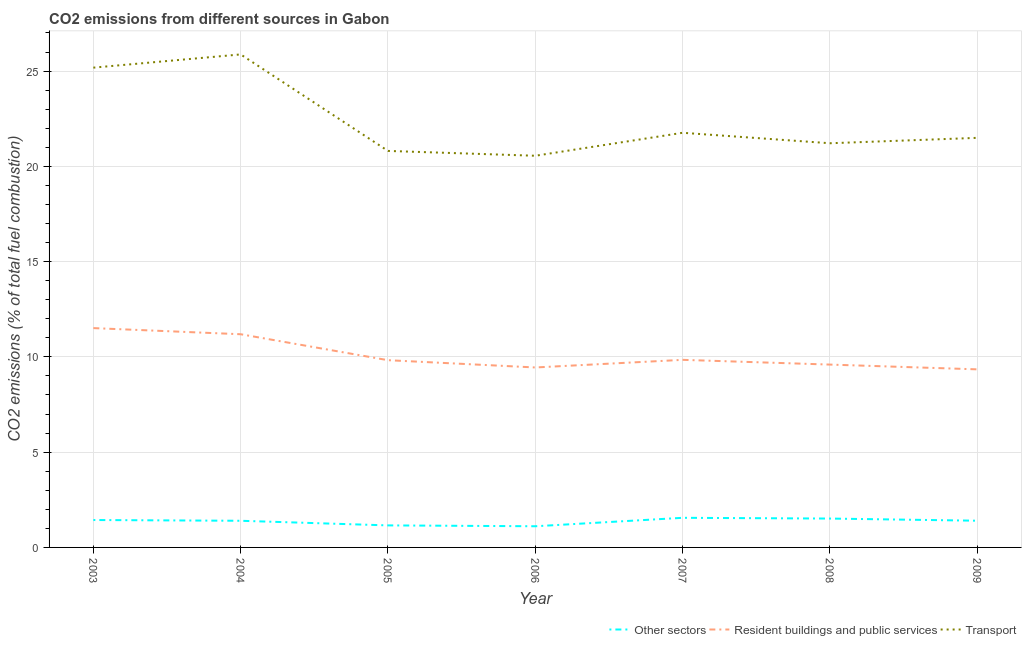
| Year | Other sectors | Resident buildings and public services | Transport |
 | --- | --- | --- | --- |
 | 2003 | 1.44 | 11.5 | 25.2 |
 | 2004 | 1.4 | 11.2 | 25.9 |
 | 2005 | 1.16 | 9.83 | 20.8 |
 | 2006 | 1.11 | 9.44 | 20.6 |
 | 2007 | 1.55 | 9.84 | 21.8 |
 | 2008 | 1.52 | 9.6 | 21.2 |
 | 2009 | 1.4 | 9.35 | 21.5 |